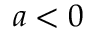
a < 0